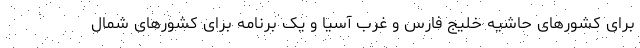
برای کشورهای حاشیه خلیج فارس و غرب آسیا و یک برنامه برای کشورهای شمال